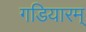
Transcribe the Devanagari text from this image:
गडियारम्